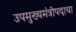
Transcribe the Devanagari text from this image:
उपमुख्यमंत्रीपदाचा